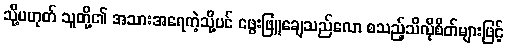
သို့မဟုတ် သူတို့၏ အသားအရေကဲ့သို့ပင် ဖွေးဖြူချေသည်လော စသည့်သိလိုစိတ်များဖြင့်